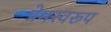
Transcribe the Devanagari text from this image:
प्रेमस्वरूप